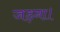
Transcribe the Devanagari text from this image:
जड़ना।